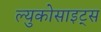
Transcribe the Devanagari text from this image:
ल्युकोसाइट्स